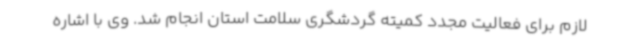
لازم برای فعالیت مجدد کمیته گردشگری سلامت استان انجام شد. وی با اشاره